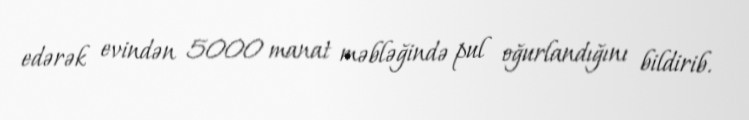
edərək evindən 5000 manat məbləğində pul oğurlandığını bildirib.